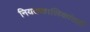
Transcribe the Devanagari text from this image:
नियतकालिकांतही